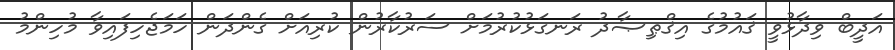
އަދީބް ވިދާޅުވީ ޤައުމުގެ އިޤްޠިޞާދު ރަނގަޅުކުރުމަށް ސަރުކާރުން ކުރިއަށް ގެންދަން ހަމަޖެހިފައިވާ މުހިންމު